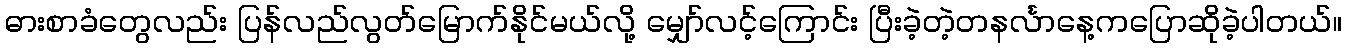
ဓားစာခံတွေလည်း ပြန်လည်လွတ်မြောက်နိုင်မယ်လို့ မျှော်လင့်ကြောင်း ပြီးခဲ့တဲ့တနင်္လာနေ့ကပြောဆိုခဲ့ပါတယ်။